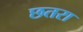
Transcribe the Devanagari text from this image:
छतरा